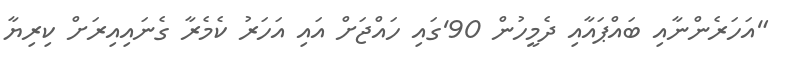
"އަހަރެންނާއި ބައްޕައާއި ދެމީހުން 90'ގައި ހައްޖަށް އައި އަހަރު ކެމެރާ ގެނައިއިރަށް ކިރިޔާ